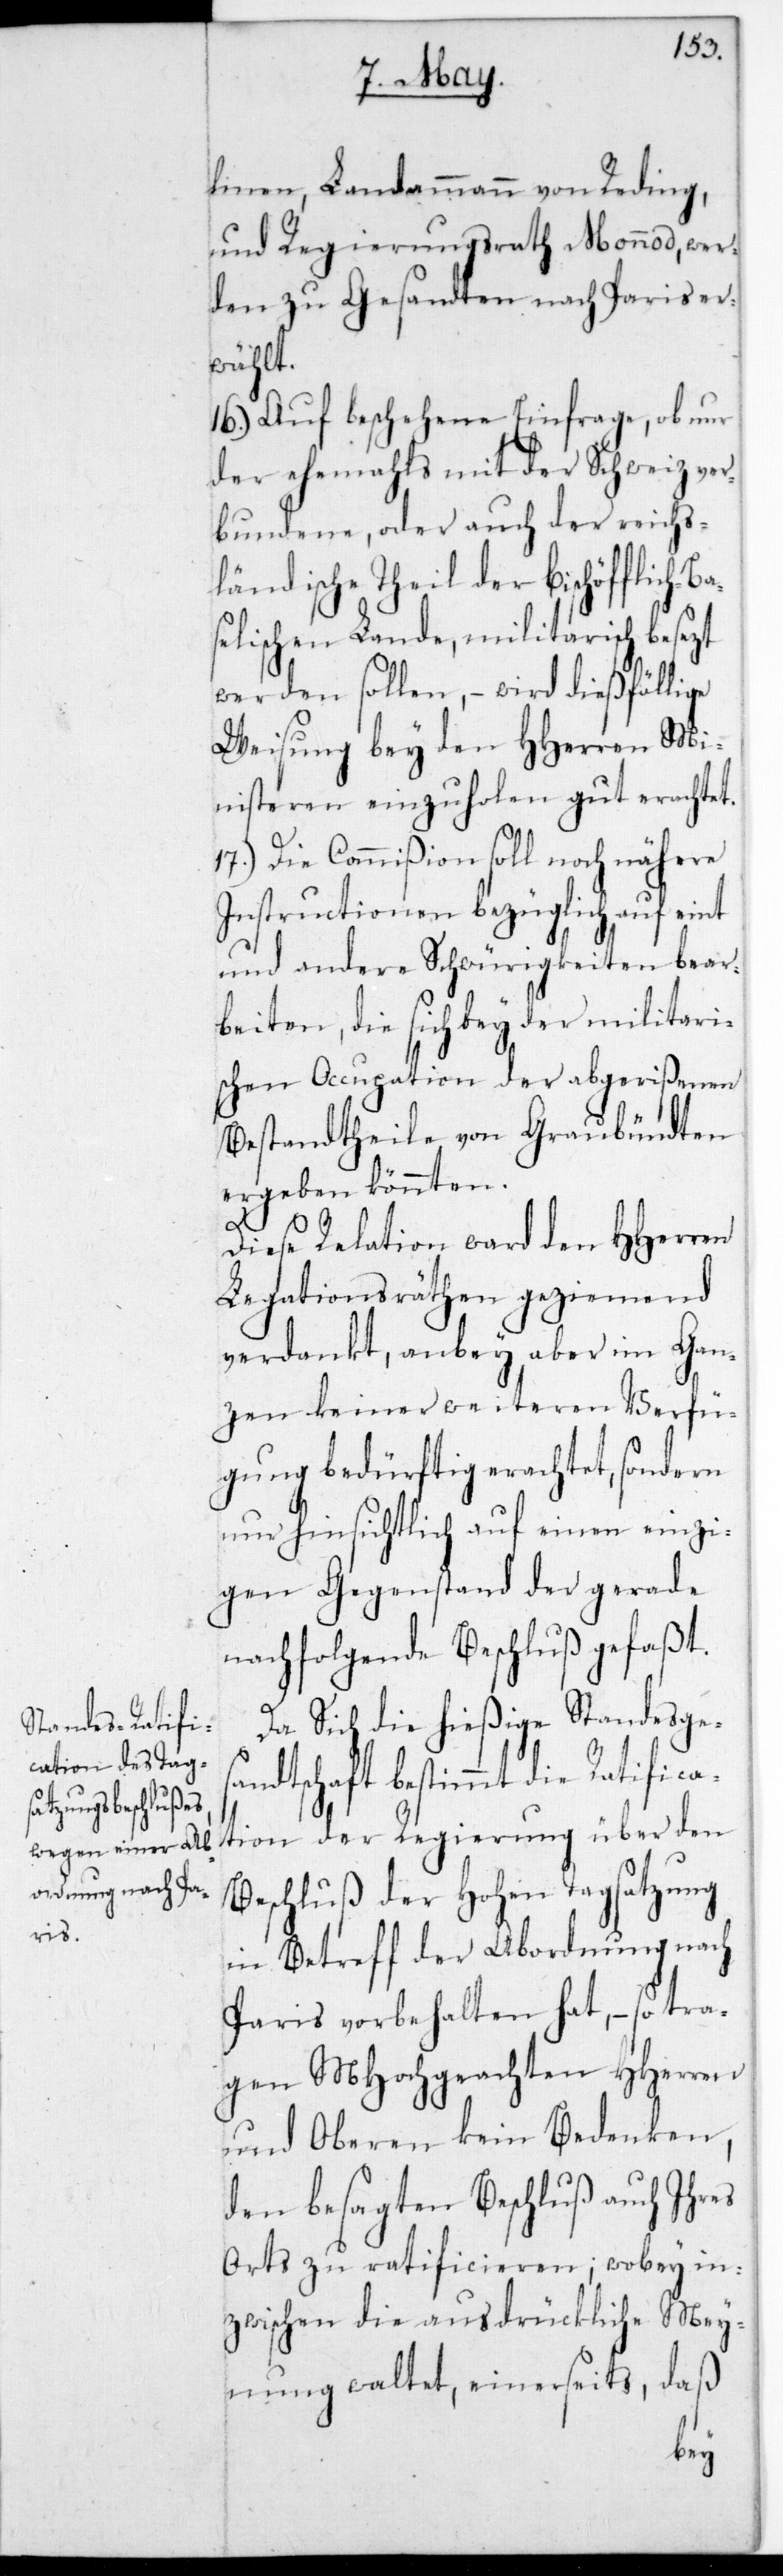
as¬

linen, Landammann von Reding
und Regierungsrath Monnod, wer¬
den zu Gesandten nach Paris er¬
wählt.
16.) Auf geschehene Einfrage, ob nur
der ehemals mit der Schweiz ver¬
bundene oder auch der reichs¬
ländische Theil der Bischöfflich-B¬
elischen Lande, militairisch besezt
werden sollen, – wird dießfällige
Weisung bey den HHerren Mi¬
nisteren einzuholen gut erachtet.
17.) Die Commißion soll noch nähere
Instructionen bezüglich auf eint
und andere Schwürigkeiten bear¬
beiten, die sich bey der militäri¬
schen Occupation der abgerißenen
Bestandtheile von Graubündten
ergeben könnten.
Diese Relation ward den HHerren
Legationsräthen geziemend
verdankt, anbey aber im Gan¬
zen keiner weiteren Verfü¬
gung bedürftig erachtet, sondern
nur hinsichtlich auf einen einzi¬
gen Gegenstand der gerade
nachfolgende Beschluß gefaßt.
Da sich die hießige Standesges¬
andtschaft bestimmt die Ratifica¬
tion der Regierung über den
Beschluß der Hohen Tagsatzung
in Betreff der Abordnung nach
Paris vorbehalten hat, – so tra¬
gen MHochgeachten HHerren
und Oberen kein Bedenken,
den besagten Beschluß auch ihres
Orts zu ratificieren; wobey in¬
zwischen die ausdrückliche Mey¬
daß
nung waltet, einerseits,